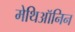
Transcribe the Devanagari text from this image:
मेथिऑनिन